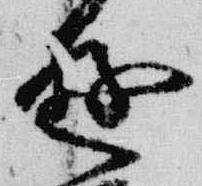
遊